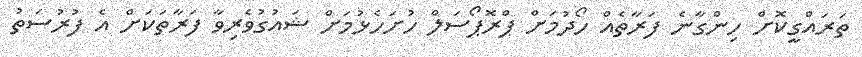
ތަރައްގީކޮށް ހިންގާނެ ފަރާތެއް ހޯދުމަށް ޕްރޮޕޯސަލް ހުށަހެޅުމަށް ޝައުގުވެރިވާ ފަރާތަކަށް އެ ފުރުސަތު